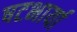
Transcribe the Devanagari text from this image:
षटभार्या